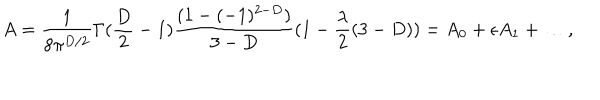
LaTeX: A = \frac { 1 } { 8 \pi ^ { D / 2 } } \Gamma ( \frac { D } { 2 } - 1 ) \frac { ( 1 - ( - 1 ) ^ { 2 - D } ) } { 3 - D } ( 1 - \frac { \lambda } { 2 } ( 3 - D ) ) = A _ { 0 } + \epsilon A _ { 1 } + \ldots ,